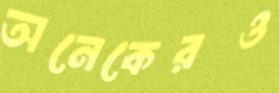
অনেকেরও